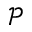
\mathcal { P }